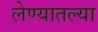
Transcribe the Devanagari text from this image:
लेण्यातल्या